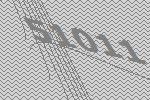
51011